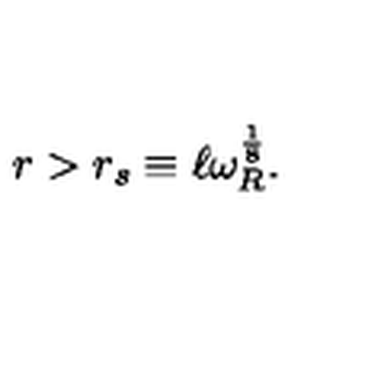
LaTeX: r > r _ { s } \equiv \ell \omega _ { R } ^ { \frac { 1 } { 8 } } .